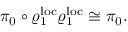
\pi _ { 0 } \circ \varrho _ { 1 } ^ { \mathrm { l o c } } \varrho _ { 1 } ^ { \mathrm { l o c } } \cong \pi _ { 0 } .